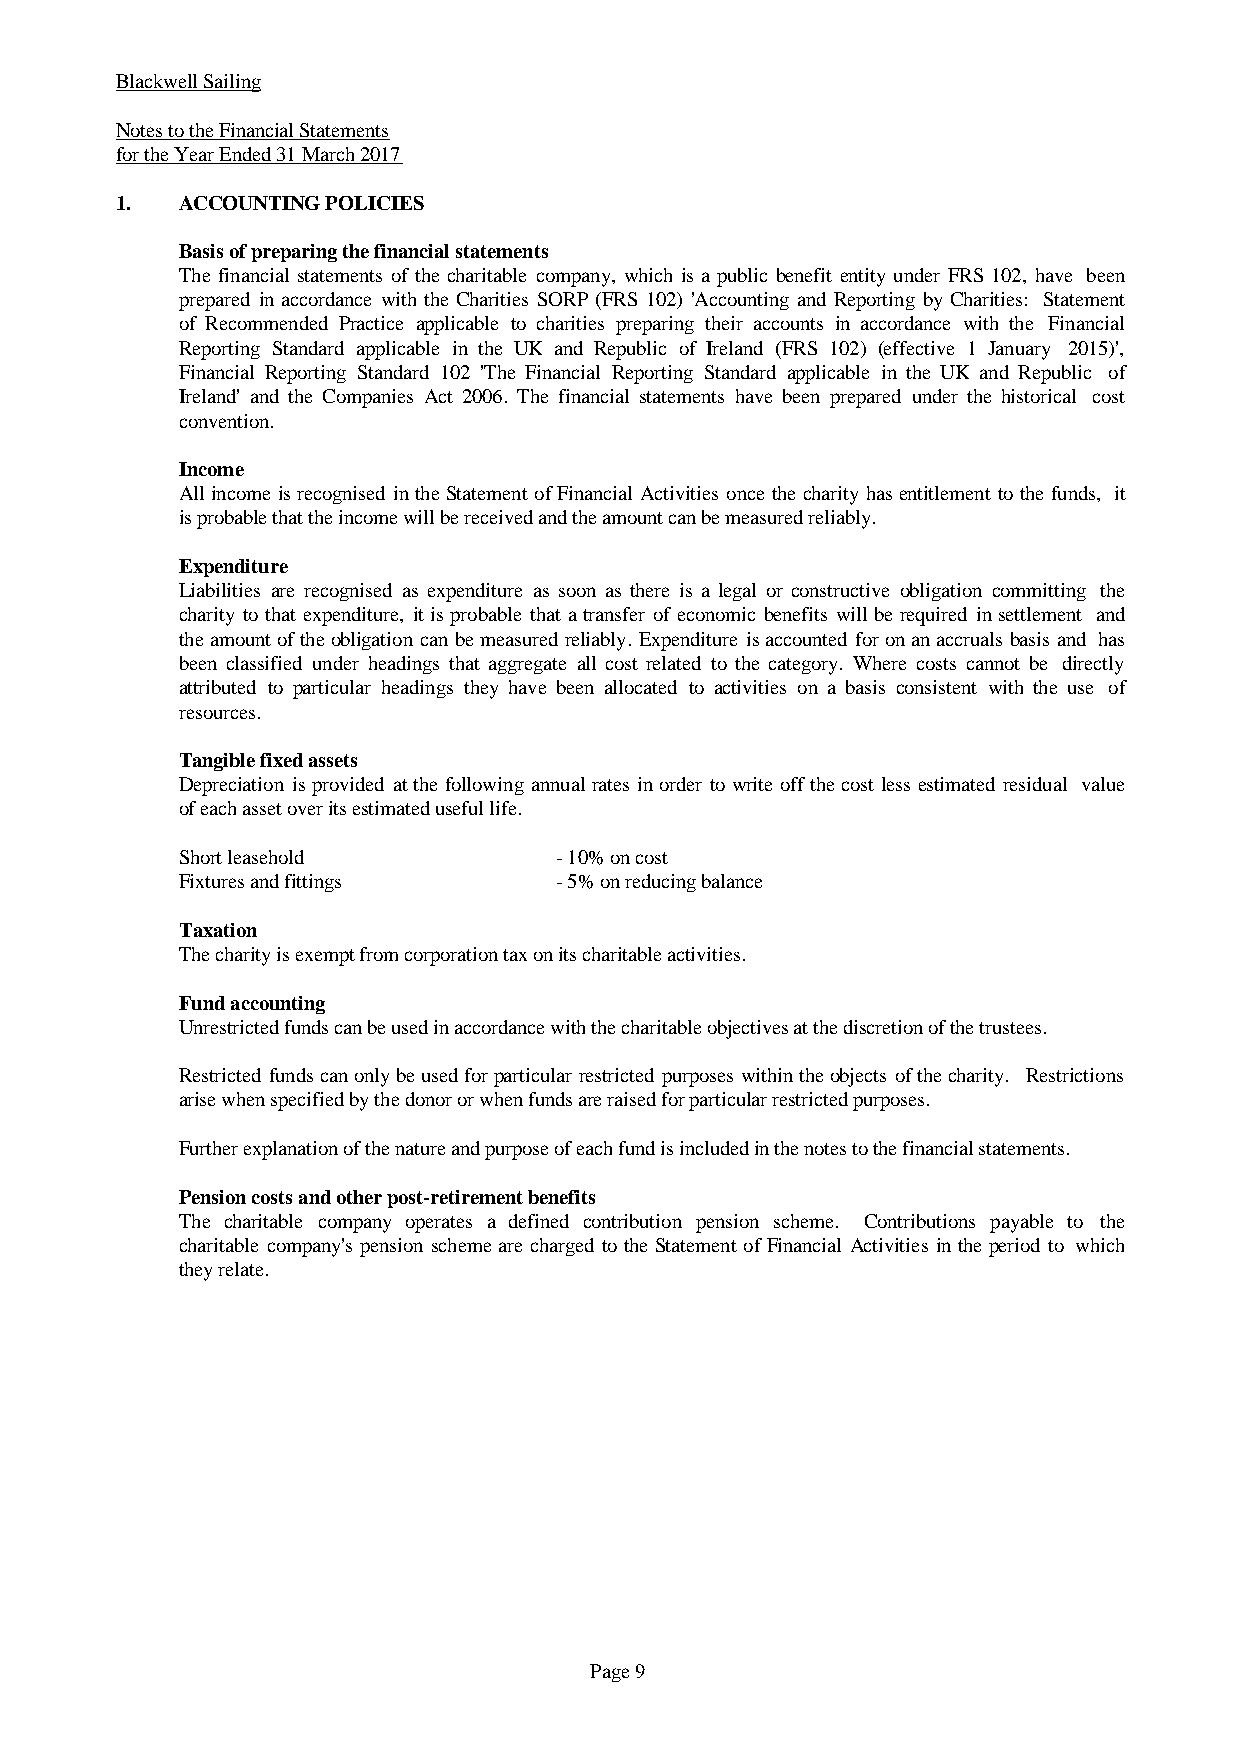
Blackwell Sailing
 Notes to the Financial Statements
 for the Year Ended 31 March 2017
 1.  ACCOUNTING POLICIES
 Basis of preparing the financial statements
 The financial statements of the charitable company, whichis a public benefit entityunder FRS 102, have been
 prepared in accordance withthe Charities SORP (FRS 102) 'Accountingand Reporting byCharities: Statement
 of Recommended Practice applicable to charities preparing their accounts in accordance with the Financial
 Reporting Standard applicable in the UK and Republic of Ireland (FRS 102) (effective 1 January 2015)',
 Financial Reporting Standard 102 'The Financial Reporting Standard applicable in the UK and Republic of
 Ireland' and the Companies Act 2006. The financial statements have been prepared under the historical cost
 convention.
 Income
 AllincomeisrecognisedintheStatementofFinancialActivitiesoncethecharityhasentitlementtothefunds, it
 is probable that the income will be received and the amount can be measured reliably.
 Expenditure
 Liabilities are recognised as expenditure as soon as there is a legal or constructive obligation committing the
 charityto that expenditure, it is probable that a transfer of economic benefits willbe required in settlement and
 theamountoftheobligationcanbemeasuredreliably.Expenditureisaccountedforonanaccrualsbasisand has
 been classified under headings that aggregate all cost related to the category. Where costs cannot be directly
 attributed to particular headings they have been allocated to activities on a basis consistent with the use of
 resources.
 Tangible fixed assets
 Depreciation isprovided atthefollowingannualratesinorder towriteoffthecostlessestimatedresidual value
 of each asset over its estimated useful life.
 Short leasehold          - 10% on cost
 Fixtures and fittings    - 5% on reducing balance
 Taxation
 The charity is exempt from corporation tax on its charitable activities.
 Fund accounting
 Unrestricted funds can be used in accordance with the charitable objectives at the discretion of the trustees.
 Restrictedfundscanonlybeusedforparticularrestrictedpurposeswithintheobjectsofthecharity. Restrictions
 arise when specified by the donor or when funds are raised for particular restricted purposes.
 Further explanation of the nature and purpose of each fund is included in the notes to the financial statements.
 Pension costs and other post-retirement benefits
 The charitable company operates a defined contribution pension scheme. Contributions payable to the
 charitablecompany'spensionschemearechargedtotheStatementofFinancialActivitiesintheperiod to which
 they relate.
 Page 9